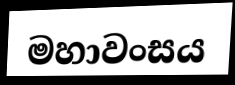
මහාවංසය